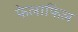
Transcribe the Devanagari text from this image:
फेलाफिल